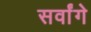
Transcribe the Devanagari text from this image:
सर्वांगे